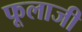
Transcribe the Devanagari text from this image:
फूलाजी